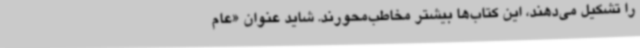
را تشکیل می‌دهند، این کتاب‌ها بیشتر مخاطب‌محورند. شاید عنوان «عام